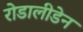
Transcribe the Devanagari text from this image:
रोडालीडेन